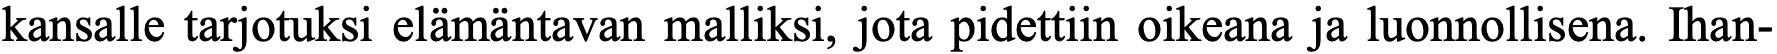
kansalle tarjotuksi elämäntavan malliksi, jota pidettiin oikeana ja luonnollisena. Ihan-